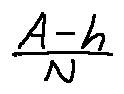
\frac { A - h } { N }